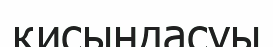
қисындасуы